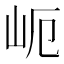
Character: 𱛉